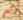
وثم